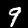
Label: 9